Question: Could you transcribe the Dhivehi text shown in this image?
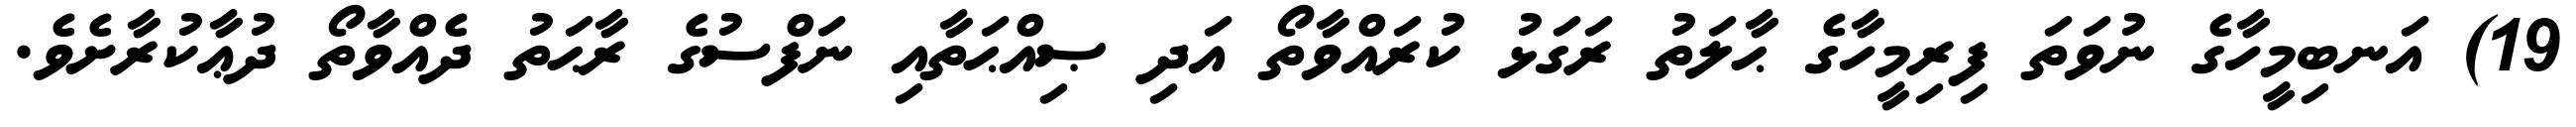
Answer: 19) އަނބިމީހާގެ ނުވަތަ ފިރިމީހާގެ ޙާލަތު ރަގަޅު ކުރައްވާތޯ އަދި ޞިއްޙަތާއި ނަފްސުގެ ރާޙަތު ދެއްވާތޯ ދުޢާކުރާށެވެ.